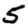
Digit: 5